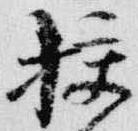
校